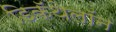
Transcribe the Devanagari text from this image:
डिकॅथेलॉन